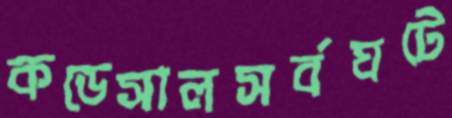
কডেসালসর্বঘটে